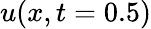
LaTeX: u(x,t=0.5)